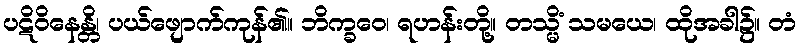
ပဋိဝိနေန္တိ၊ ပယ်ဖျောက်ကုန်၏။ ဘိက္ခဝေ၊ ရဟန်းတို့။ တသ္မိံ သမယေ၊ ထိုအခါ၌။ တံ